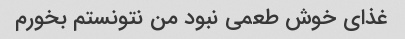
غذای خوش طعمی نبود من نتونستم بخورم